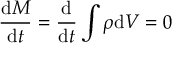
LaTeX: { \frac { { \mathrm { d } } M } { { \mathrm { d } } t } } = { \frac { \mathrm { d } } { { \mathrm { d } } t } } \int \rho { \mathrm { d } } V = 0